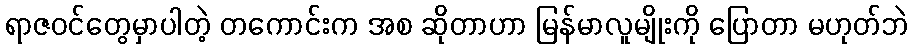
ရာဇဝင်တွေမှာပါတဲ့ တကောင်းက အစ ဆိုတာဟာ မြန်မာလူမျိုးကို ပြောတာ မဟုတ်ဘဲ